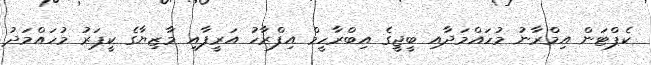
ކެޕްޓަން އިމްރާނު މުހައްމަދާއި ބީޖީގެ އިބްރާހީމް އިފްރާހު އަރީފާއި މާޒިޔާގެ ކީޕަރު މުހައްމަދު